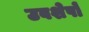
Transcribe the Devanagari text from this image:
उवशेषों